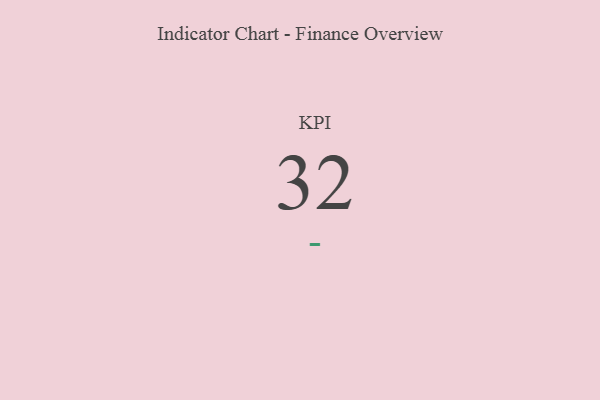
{"axis": {"x": "KPI", "y": "Value"}, "legend": [""], "data": [{"x": "KPI", "y": 32, "type": ""}]}